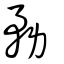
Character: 務